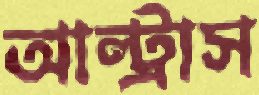
আল্ট্রাস